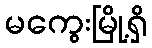
မကွေးမြို့ရှိ